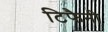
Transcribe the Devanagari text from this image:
टिफैनी